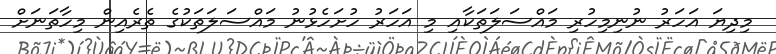
މިދިޔަ އަހަރު ނުނިމިހުރި މައްސަލަތަކާއި މި އަހަރު ހުށަހެޅުނު މައްސަލަތަކުގެ ތެރެއިން މިހާތަނަށް